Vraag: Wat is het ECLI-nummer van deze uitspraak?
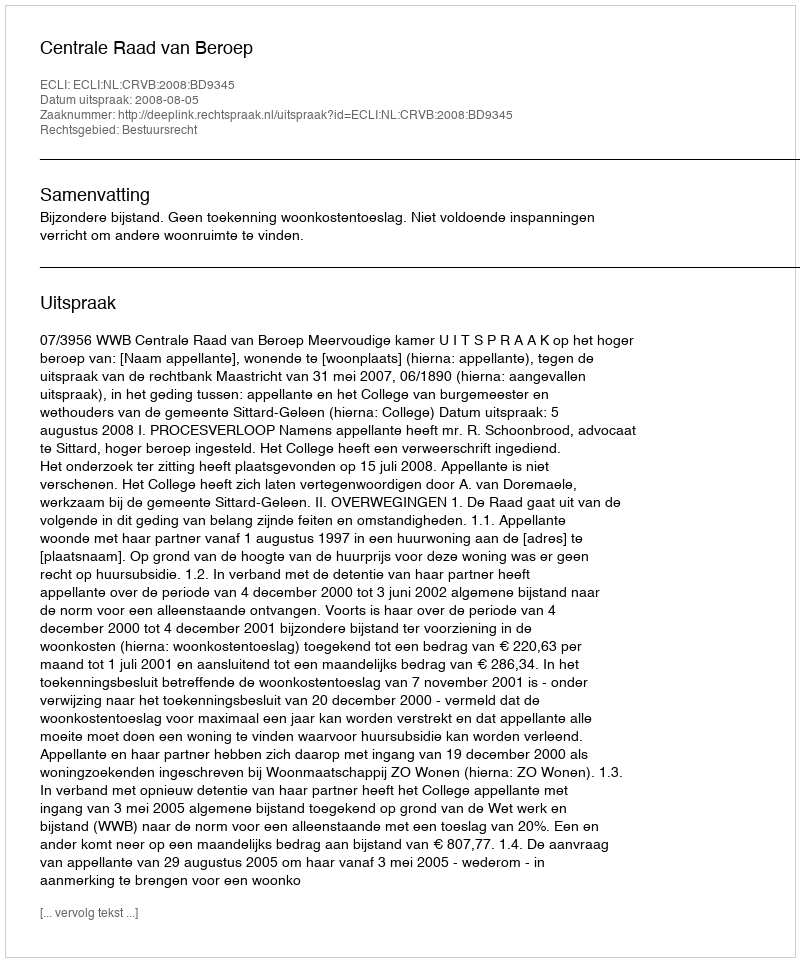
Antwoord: ECLI:NL:CRVB:2008:BD9345